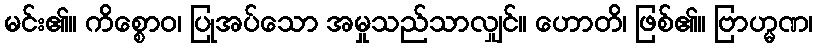
မင်း၏။ ကိစ္စောဝ၊ ပြုအပ်သော အမှုသည်သာလျှင်။ ဟောတိ၊ ဖြစ်၏။ ဗြာဟ္မဏ၊